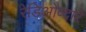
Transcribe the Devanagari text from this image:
रेडिओव्दारे